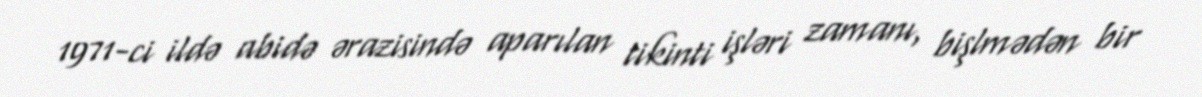
1971-ci ildə abidə ərazisində aparılan tikinti işləri zamanı, bişlmədən bir